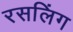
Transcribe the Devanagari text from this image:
रसलिंग